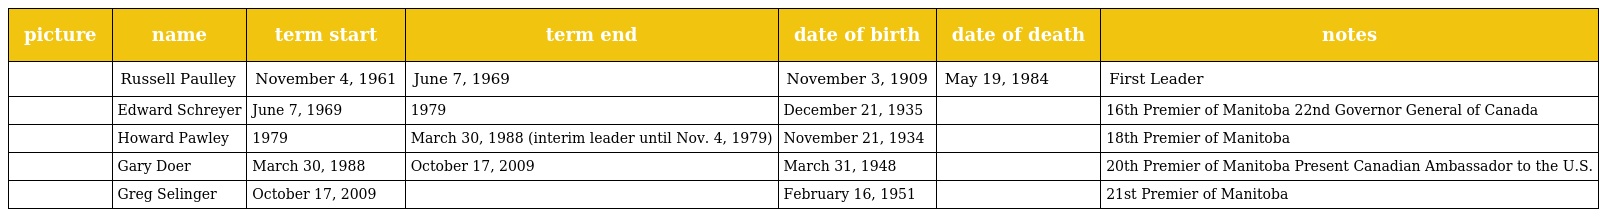
| picture | name | term start | term end | date of birth | date of death | notes |
 | --- | --- | --- | --- | --- | --- | --- |
 |  | Russell Paulley | November 4, 1961 | June 7, 1969 | November 3, 1909 | May 19, 1984 | First Leader |
 |  | Edward Schreyer | June 7, 1969 | 1979 | December 21, 1935 |  | 16th Premier of Manitoba 22nd Governor General of Canada |
 |  | Howard Pawley | 1979 | March 30, 1988 (interim leader until Nov. 4, 1979) | November 21, 1934 |  | 18th Premier of Manitoba |
 |  | Gary Doer | March 30, 1988 | October 17, 2009 | March 31, 1948 |  | 20th Premier of Manitoba Present Canadian Ambassador to the U.S. |
 |  | Greg Selinger | October 17, 2009 |  | February 16, 1951 |  | 21st Premier of Manitoba |